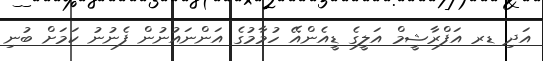
އަދި ޑރ އަފްރާޝީމް އަލީގެ ޑީއެންއޭ ހުމާމުގެ އަންނައުނުން ފެނުނު ކަމަށް ބުނި